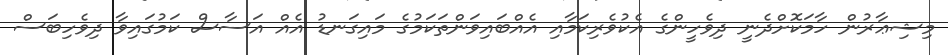
މިޝިޢާރުން ހާމަކޮށްދެނީ ދިވެހީންގެ އެކުވެރިކަމާއި އެއްބައިވަންތަކަމުގެ މައިގަނޑު އެއް އަސާސް ކަމުގައިވާ ދިވެހިބަސް